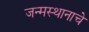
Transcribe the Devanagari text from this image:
जन्मस्थानाचे